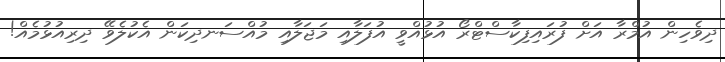
ދިވެހިން އުމްރާ އަށް ފުރައިފިކާސްޓްރޯ އުޅުއްވީ އުފަލާއި މަޖަލާއި މުއްސަނދިކަން އެކުލެވޭ ދިރިއުޅުމެއް!